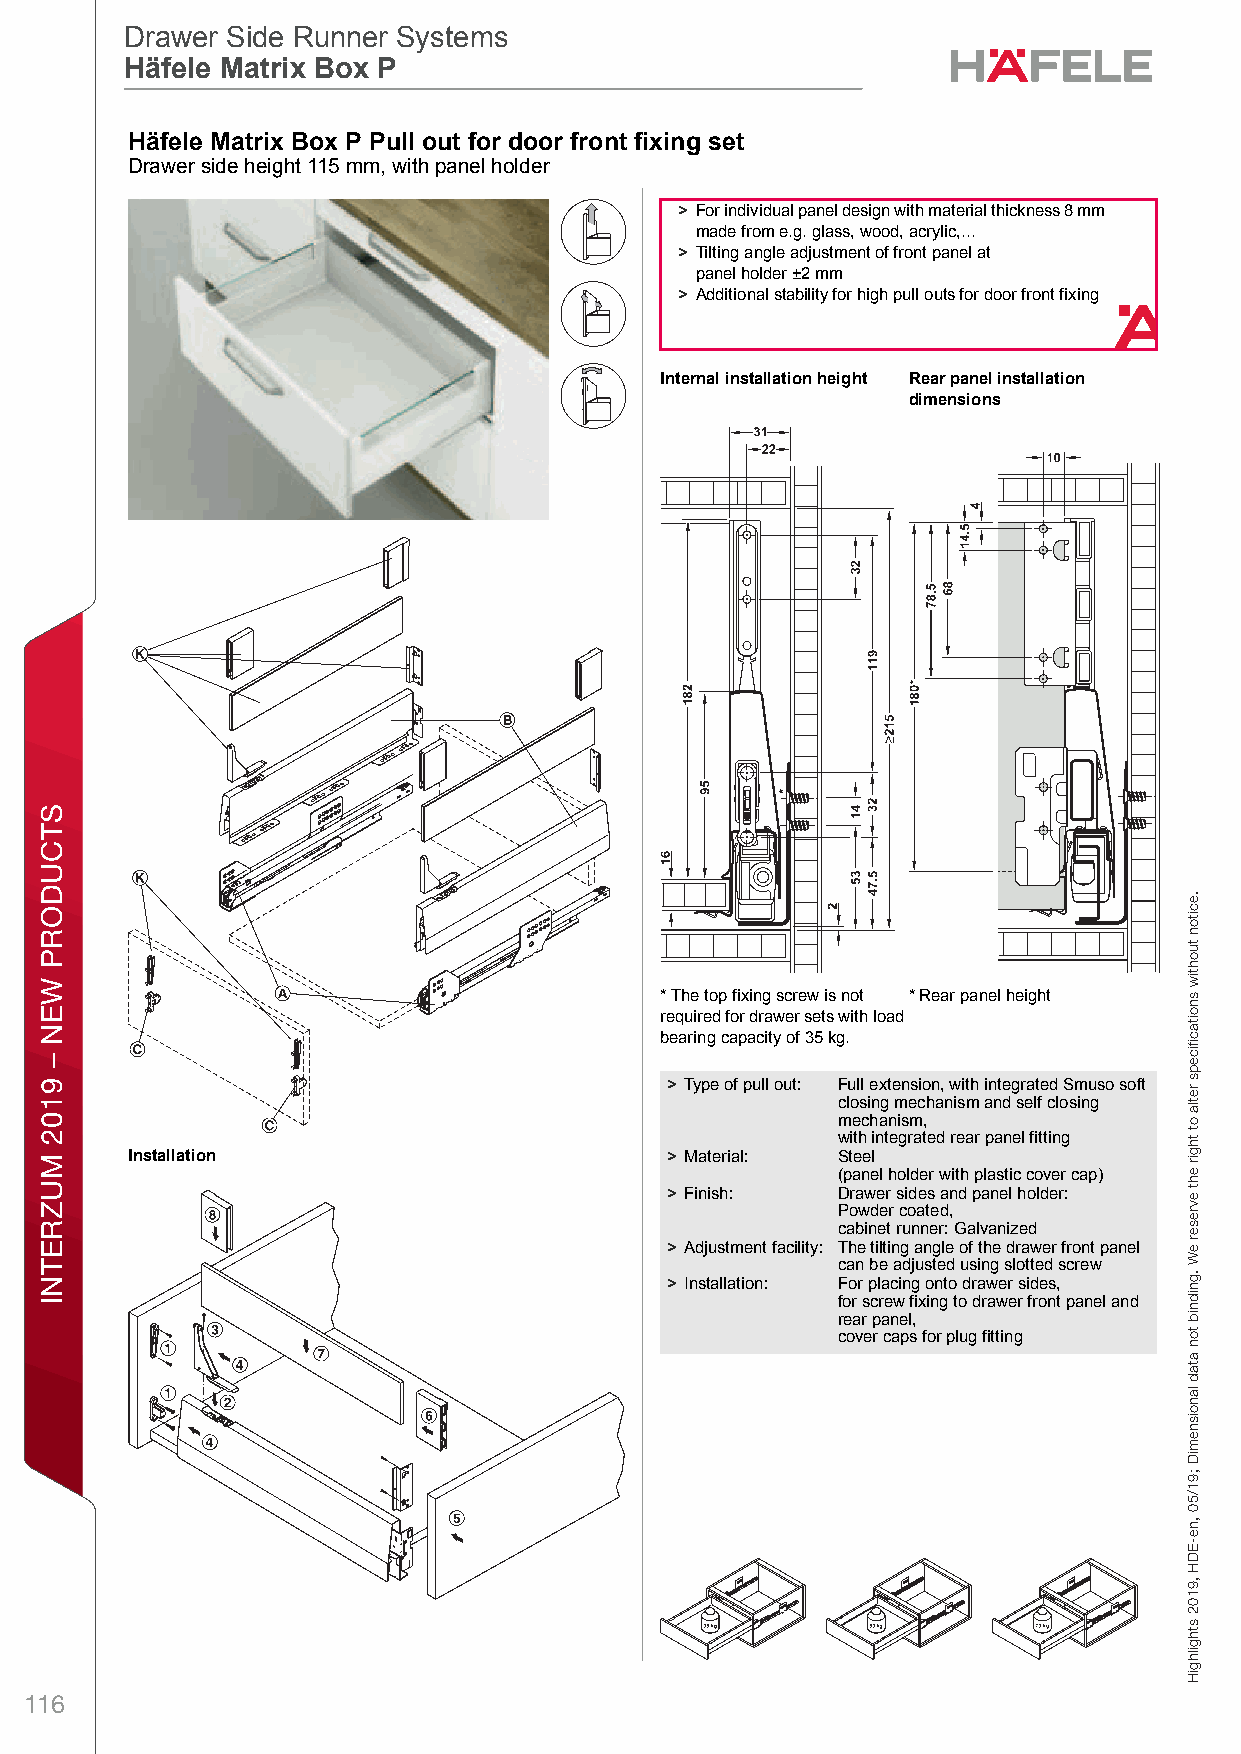
ff19_int_en_08_032.fm Page 32 Thursday, May 2, 2019 11:40 AM
 Drawer Side Runner Systems
 Drawer Side Runner Systems
 Häfele Matrix Box P
 Häfele Matrix Box P
 DHrawer anäd Pull Ofut foer Door lFronet Fixing DraMwer Side Raunner StystermsHiäfelex Matrix BoxB P – / Plaonning axnd Cons trucPtionDime nsiPonal datau not bindling.l We resoerve theu right to talter spefcificoations writhou t notdice. oor front fixing set
 Drawer side height 115 mm, with panel holder
 > For individual panel design with material thickness 8 mm
 made from e.g. glass, wood, acrylic,...
 > Tilting angle adjustment of front panel at
 panel holder ±2 mm
 > Additional stability for high pull outs for door front fixing
 Internal installation height Rear panel installation
 dimensions
 * The top fixing screw is not * Rear panel height
 8                                        required for drawer sets with load
 bearing capacity of 35 kg.
 > Type of pull out: Full extension, with integrated Smuso soft
 closing mechanism and self closing
 mechanism,
 with integrated rear panel fitting
 Installation                       > Material: Steel
 (panel holder with plastic cover cap)
 > Finish:  Drawer sides and panel holder:
 Powder coated,
 cabinet runner: Galvanized
 > Adjustment facility: The tilting angle of the drawer front panel
 can be adjusted using slotted screw
 > Installation: For placing onto drawer sides,
 for screw fixing to drawer front panel and
 rear panel,
 cover caps for plug fitting
 116
 STCUDORP
 WEN
 –
 9102
 MUZRETNI
 gnixiF
 tnorF
 rooD
 rof
 tuO
 lluP
 dna
 rewarD
 911
 .eciton
 tuohtiw
 snoitacfiiceps
 retla
 ot
 thgir
 eht
 evreser
 eW
 .gnidnib
 ton
 atad
 lanoisnemiD
 ;91/50
 ,ne-EDH
 ,9102
 sthgilhgiH